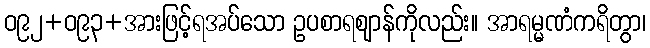
ဝ၉၂+ဝ၉၃+အားဖြင့်ရအပ်သော ဥပစာရဈာန်ကိုလည်း။ အာရမ္မဏံကရိတွာ၊